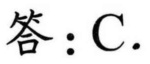
答：C.